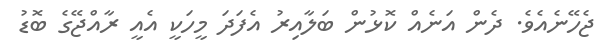
ޖެހޭނެއެވެ. ދެން އަނެއް ކޮޅުން ބަލާއިރު އެފަދަ މީހަކީ އެއީ ރާއްޖޭގެ ބޮޑު